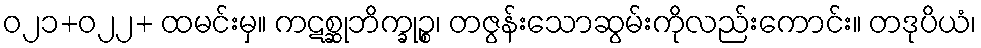
ဝ၂၁+ဝ၂၂+ ထမင်းမှ။ ကဋစ္ဆုဘိက္ခုဉ္စ၊ တဇွန်းသောဆွမ်းကိုလည်းကောင်း။ တဒုပိယံ၊